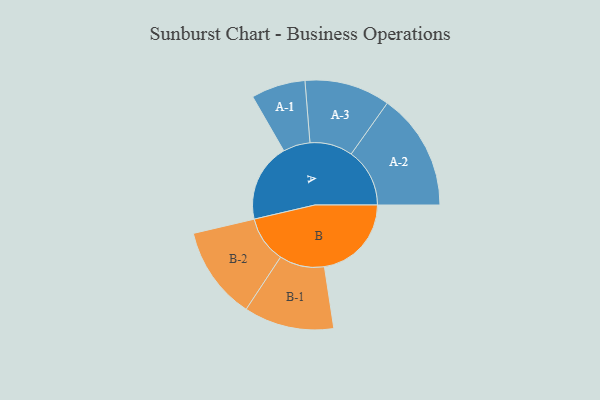
{"axis": {"x": "Segment", "y": "Value"}, "legend": ["", "A", "B"], "data": [{"x": "A", "y": 379, "type": ""}, {"x": "B", "y": 421, "type": ""}, {"x": "A-1", "y": 131, "type": "A"}, {"x": "A-2", "y": 283, "type": "A"}, {"x": "A-3", "y": 207, "type": "A"}, {"x": "B-1", "y": 218, "type": "B"}, {"x": "B-2", "y": 225, "type": "B"}]}